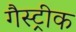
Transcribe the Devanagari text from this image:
गैस्ट्रीक